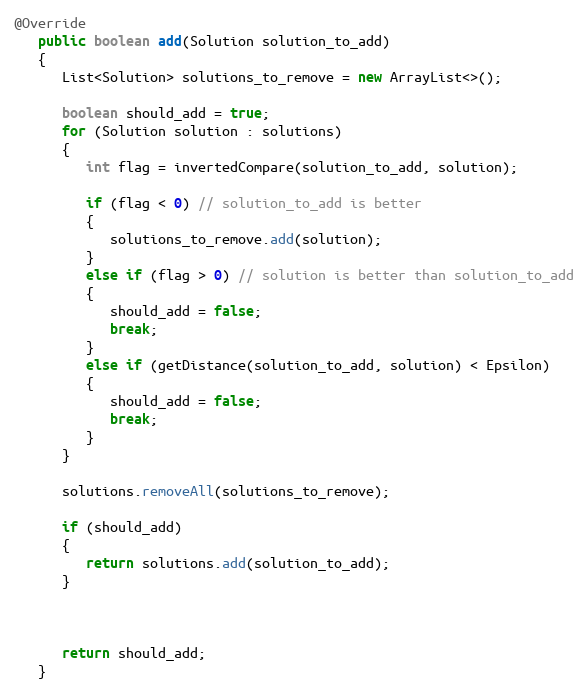
Language: Java
@Override
   public boolean add(Solution solution_to_add)
   {
      List<Solution> solutions_to_remove = new ArrayList<>();

      boolean should_add = true;
      for (Solution solution : solutions)
      {
         int flag = invertedCompare(solution_to_add, solution);

         if (flag < 0) // solution_to_add is better
         {
            solutions_to_remove.add(solution);
         }
         else if (flag > 0) // solution is better than solution_to_add
         {
            should_add = false;
            break;
         }
         else if (getDistance(solution_to_add, solution) < Epsilon)
         {
            should_add = false;
            break;
         }
      }

      solutions.removeAll(solutions_to_remove);

      if (should_add)
      {
         return solutions.add(solution_to_add);
      }

      return should_add;
   }